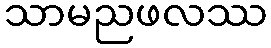
သာမညဖလဿ